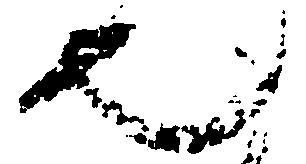
也